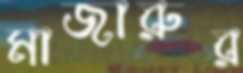
মাজারুর